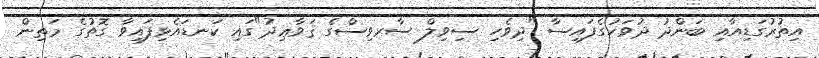
އިތުރުގަޑިއާއި ބަންދު ދުވަހުގެފައިސާ "ދިވެހި ސިވިލް ސާރވިސްގެ ޤަވާޢިދު"ގައި ކަނޑައެޅިފައިވާ ގޮތުގެ މަތިން